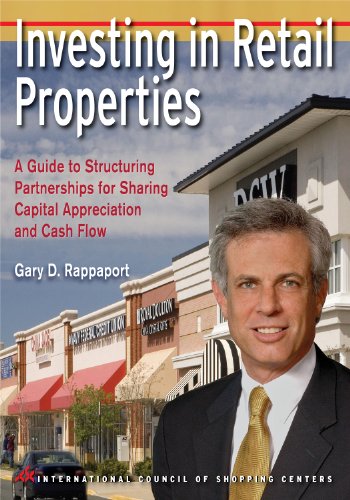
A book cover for Investing in Retail Properties a Guide to Structuring Partnerships for Sharing Capital Appreciation and Cash Flow; Gary D. Rappaport; Business & Money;